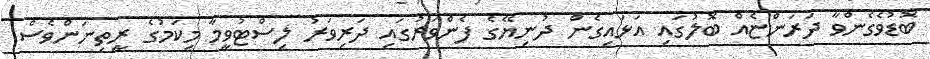
ބޮޑުވެގެންވާ ދަރަންޏެއް ބޮލުގައި އަޅައިގެން ދުނިޔޭގެ ފެންވަރުގައި ދަރިވަރު ލިސްޓުވީމާ މިކަމުގެ ރީތިނަންވެސް